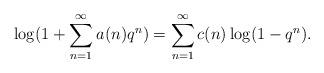
LaTeX: \begin{align*}\log(1+ \sum_{n=1}^\infty a(n)q^n) = \sum_{n=1}^\infty c(n) \log(1-q^n).\end{align*}